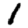
Digit: 1